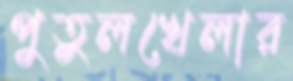
পুতুলখেলার